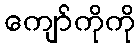
ကျော်ကိုကို